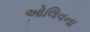
ઓલિવના